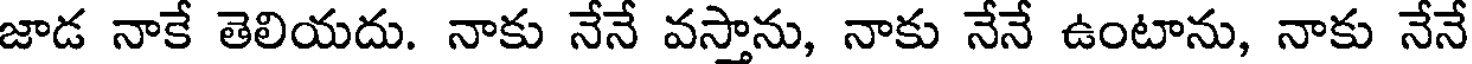
జాడ నాకే తెలియదు. నాకు నేనే వస్తాను, నాకు నేనే ఉంటాను, నాకు నేనే